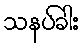
သနပ်ခါး